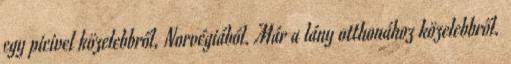
egy picivel közelebbről, Norvégiából. Már a lány otthonához közelebbről.